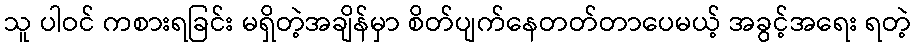
သူ ပါဝင် ကစားရခြင်း မရှိတဲ့အချိန်မှာ စိတ်ပျက်နေတတ်တာပေမယ့် အခွင့်အရေး ရတဲ့